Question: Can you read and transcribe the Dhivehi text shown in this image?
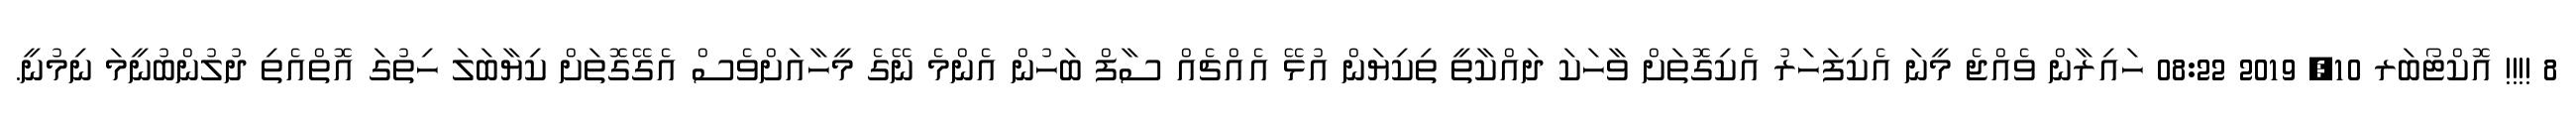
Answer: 8 !!!! އޮކްޓޯބަރ 10, 2019 08:22 ހައިރާން ވެއްޖެ މީނަ އެކިފަހަރު އެކިގޮތަށް ވާހަކަ ދައްކާތީ ތިކިޔަން އުޅޭ އެއްޗެއް ސާފް ބަހުން އެންމެ ނޭގެ މީހާއަށްވެސް އެގޭގޮތަށް ކިޔާބަލަ ހިތުގަ އޮތްއެތި ދުލުންބުނީމަ ނިމުނީ.